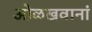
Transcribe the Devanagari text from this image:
ओळखवानां